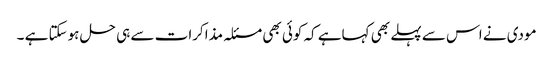
مودی نے اس سے پہلے بھی کہاہے کہ کوئی بھی مسئلہ مذاکرات سے ہی حل ہوسکتا ہے ۔